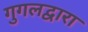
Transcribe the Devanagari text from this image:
गुगलद्वारा